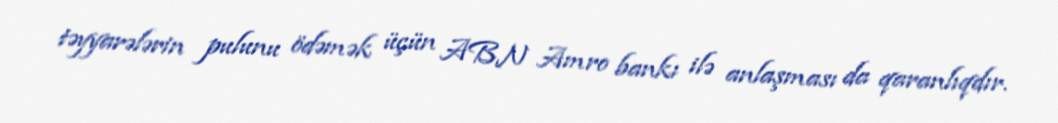
təyyarələrin pulunu ödəmək üçün ABN Amro bankı ilə anlaşması da qaranlıqdır.